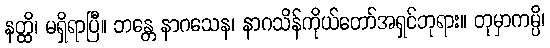
နတ္ထိ၊ မရှိရာပြီ။ ဘန္တေ နာဂသေန၊ နာဂသိန်ကိုယ်တော်အရှင်ဘုရား။ တုမှာကမ္ပိ၊